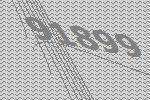
91899